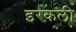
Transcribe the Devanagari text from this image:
इरकली